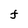
Character: F